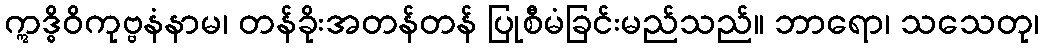
ဣဒ္ဓိဝိကုဗ္ဗနံနာမ၊ တန်ခိုးအတန်တန် ပြုစီမံခြင်းမည်သည်။ ဘာရော၊ သသေတု၊